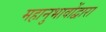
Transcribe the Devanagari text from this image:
महानुभावोंद्वारा